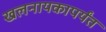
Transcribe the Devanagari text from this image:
खलनायकापर्यंत